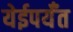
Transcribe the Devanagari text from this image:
येईपर्यँत